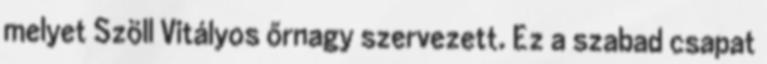
melyet Szöll Vitályos őrnagy szervezett. Ez a szabad csapat